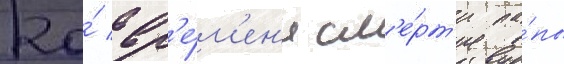
Ко́ вр'е́м'ен'и см'е́рт'и па́пы